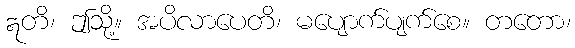
ဣတိ၊ ဤသို့။ အပိလာပေတိ၊ မပျောက်ပျက်စေ။ တတော၊